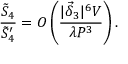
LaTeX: \frac { \tilde { S } _ { 4 } } { \tilde { S } _ { 4 } ^ { \prime } } = O \left( \frac { | \vec { \delta } _ { 3 } | ^ { 6 } V } { \lambda { \cal P } ^ { 3 } } \right) .